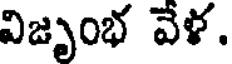
విజృంభ వేళ.